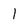
Character: 1